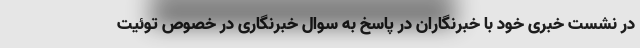
در نشست خبری خود با خبرنگاران در پاسخ به سوال خبرنگاری در خصوص توئیت